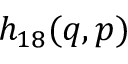
h _ { 1 8 } ( q , p )